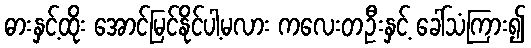
ဓားနှင့်ထိုး အောင်မြင်နိုင်ပါ့မလား ကလေးတဦးနှင့် ခေါ်သံကြား၍